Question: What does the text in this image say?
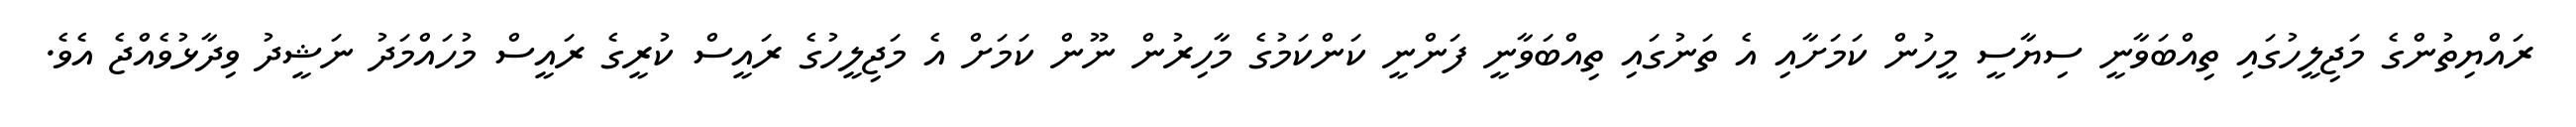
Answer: ރައްޔިތުންގެ މަޖިލީހުގައި ތިއްބަވާނީ ސިޔާސީ މީހުން ކަމަށާއި އެ ތަނުގައި ތިއްބަވާނީ ފަންނީ ކަންކަމުގެ މާހިރުން ނޫން ކަމަށް އެ މަޖިލީހުގެ ރައީސް ކުރީގެ ރައީސް މުހައްމަދު ނަޝީދު ވިދާޅުވެއްޖެ އެވެ.